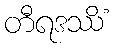
တီရဒဿိံ